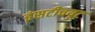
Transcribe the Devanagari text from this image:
इंसटीचयूट